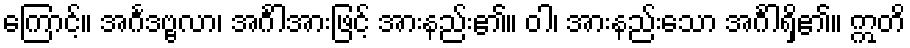
ကြောင့်။ အင်္ဂဒဗ္ဗလာ၊ အင်္ဂါအားဖြင့် အားနည်း၏။ ဝါ၊ အားနည်းသော အင်္ဂါရှိ၏။ ဣတိ